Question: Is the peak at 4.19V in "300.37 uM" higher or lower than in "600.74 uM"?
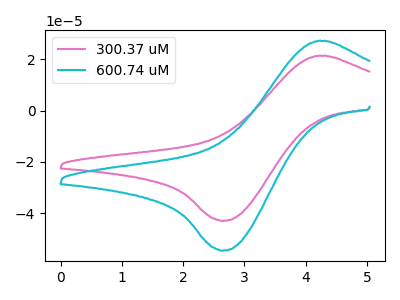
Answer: <think>The pink curve "300.37 uM" has an anodic peak at (4.20V, 21.35uA) and a cathodic peak at (2.65V, -43.00uA). The cyan curve "600.74 uM" has an anodic peak at (4.20V, 27.15uA) and a cathodic peak at (2.65V, -54.60uA).</think>
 <answer>The peak at 4.19V is lower in "300.37 uM" than in "600.74 uM".</answer>
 <eval>lower</eval>